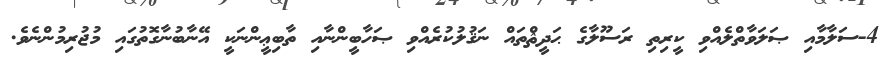
4-ސަލާމާއި ޞަލަވާތްލެއްވި ކީރިތި ރަސޫލާގެ ޙަދީޘްތައް ނަޤުލުކުރެއްވި ޞަހާބީންނާއި ތާބިޢީންނަކީ އޭނާބުނާގޮތުގައި މުޖުރިމުންނެވެ.